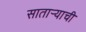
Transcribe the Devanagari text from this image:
सातार्‍याची